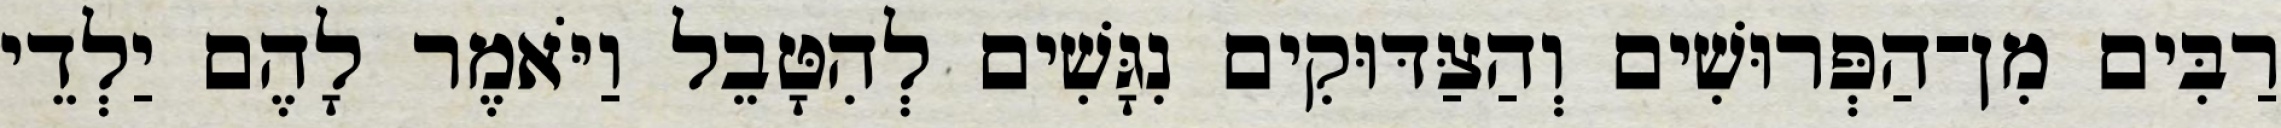
רַבִּים מִן־הַפְּרוּשִׁים וְהַצַּדּוּקִים נִגָּשִׁים לְהִטָּבֵל וַיֹּאמֶר לָהֶם יַלְדֵי